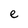
Character: e